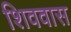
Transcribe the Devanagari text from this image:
शिववास